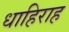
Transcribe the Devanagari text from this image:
धाहिराह